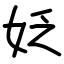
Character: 姂